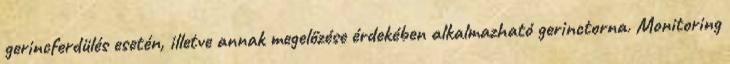
gerincferdülés esetén, illetve annak megelőzése érdekében alkalmazható gerinctorna. Monitoring